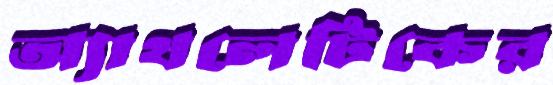
অ্যাথলেটিকের